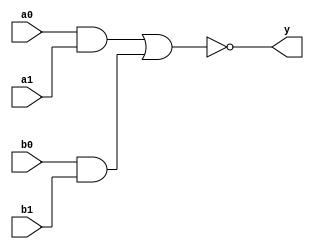
module tri_aoi22(
   y,
   a0,
   a1,
   b0,
   b1
);
   parameter                      WIDTH = 1;
   parameter                      BTR = "AOI22_X2M_NONE";  //Specify full BTR name, else let tool select
   output [0:WIDTH-1]  y;
   input [0:WIDTH-1]   a0;
   input [0:WIDTH-1]   a1;
   input [0:WIDTH-1]   b0;
   input [0:WIDTH-1]   b1;

   // tri_aoi22
   genvar 	       i;
   wire [0:WIDTH-1]    outA;
   wire [0:WIDTH-1]    outB;

   generate
	 for (i = 0; i < WIDTH; i = i + 1)
	   begin : w
	      and I0(outA[i], a0[i], a1[i]);
	      and I1(outB[i], b0[i], b1[i]);
	      nor I2(y[i], outA[i], outB[i]);
      end
   endgenerate
endmodule